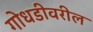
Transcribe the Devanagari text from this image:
गोधडीवरील